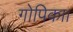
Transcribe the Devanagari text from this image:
गोपिका।